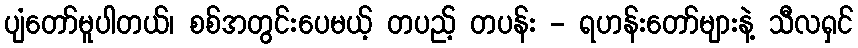
ပျံတော်မူပါတယ်၊ စစ်အတွင်းပေမယ့် တပည့် တပန်း - ရဟန်းတော်များနဲ့ သီလရှင်